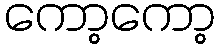
ကော့ကော့